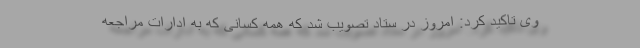
وی تاکید کرد: امروز در ستاد تصویب شد که همه کسانی که به ادارات مراجعه